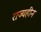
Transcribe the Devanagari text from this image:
राज्यहीन